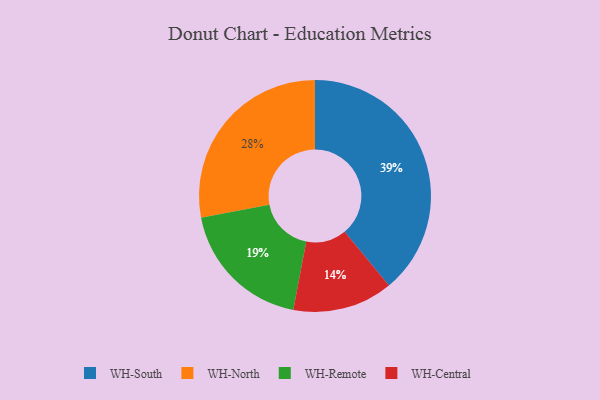
{"axis": {"x": "Category", "y": "Percentage"}, "legend": ["WH-Central", "WH-North", "WH-Remote", "WH-South"], "data": [{"x": "WH-North", "y": 28, "type": "WH-North"}, {"x": "WH-Central", "y": 14, "type": "WH-Central"}, {"x": "WH-Remote", "y": 19, "type": "WH-Remote"}, {"x": "WH-South", "y": 39, "type": "WH-South"}]}